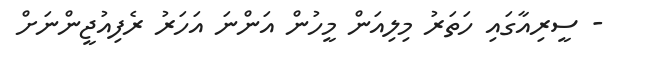
- ސީރިއާގައި ހަތަރު މިލިއަން މީހުން އަންނަ އަހަރު ރެފިއުޖީންނަށް